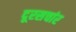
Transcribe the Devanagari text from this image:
दूरसचांर